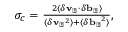
\begin{array} { r } { \sigma _ { c } = \frac { 2 \langle \delta \mathbf { v _ { \perp } } \cdot \delta \mathbf { b _ { \perp } } \rangle } { \langle \delta \mathbf { v _ { \perp } } ^ { 2 } \rangle + \langle \delta \mathbf { b _ { \perp } } ^ { 2 } \rangle } , } \end{array}